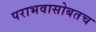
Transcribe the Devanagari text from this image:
पराभवासोबतच